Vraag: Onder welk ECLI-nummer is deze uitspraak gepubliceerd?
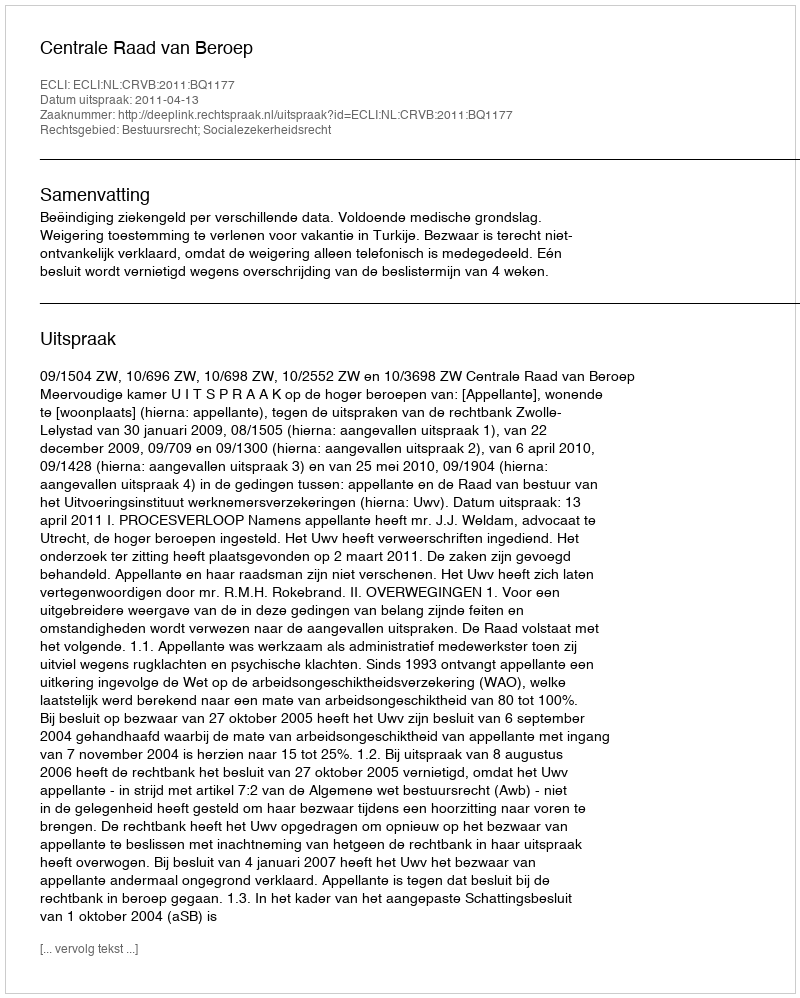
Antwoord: ECLI:NL:CRVB:2011:BQ1177